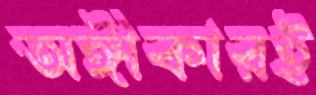
অঙ্গীকারই